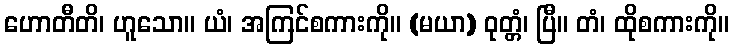
ဟောတီတိ၊ ဟူသော။ ယံ၊ အကြင်စကားကို။ (မယာ) ဝုတ္တံ၊ ပြီ။ တံ၊ ထိုစကားကို။